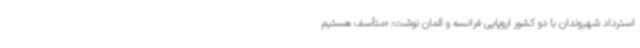
استرداد شهروندان با دو کشور اروپایی فرانسه و آلمان نوشت: «متأسف هستیم